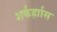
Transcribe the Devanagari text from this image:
शर्कर्ह्राास